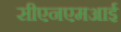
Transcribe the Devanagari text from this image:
सीएनएमआई